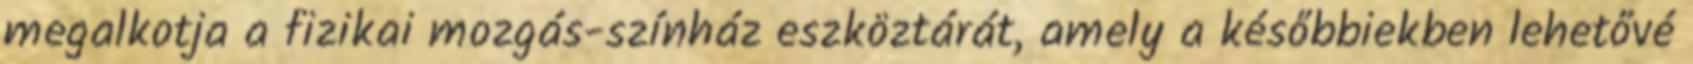
megalkotja a fizikai mozgás-színház eszköztárát, amely a későbbiekben lehetővé